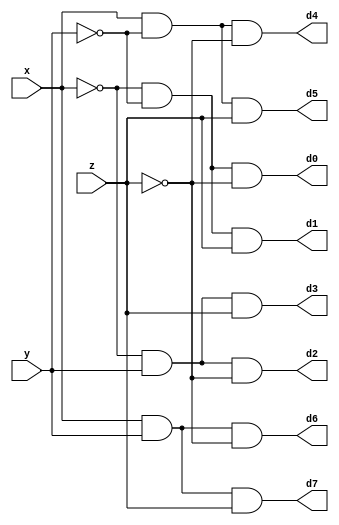
// S(x, y, z) = (1,2,4,7) 
// C(x, y, z) = (3,5,6,7)         

module DECODER(d0,d1,d2,d3,d4,d5,d6,d7,x,y,z); 
    input x,y,z; 
    output d0,d1,d2,d3,d4,d5,d6,d7; 
    wire x0,y0,z0; 
    not n1(x0,x); 
    not n2(y0,y); 
    not n3(z0,z); 
    and a0(d0,x0,y0,z0); 
    and a1(d1,x0,y0,z); 
    and a2(d2,x0,y,z0); 
    and a3(d3,x0,y,z); 
    and a4(d4,x,y0,z0); 
    and a5(d5,x,y0,z); 
    and a6(d6,x,y,z0); 
    and a7(d7,x,y,z);  
endmodule  

module FADDER(s,c,x,y,z); 
    input x,y,z; 
    wire d0,d1,d2,d3,d4,d5,d6,d7; 
    output s,c; 
    DECODER dec(d0,d1,d2,d3,d4,d5,d6,d7,x,y,z); 
    assign s = d1 | d2 | d4 | d7, 
            c = d3 | d5 | d6 | d7;  
endmodule  

module testbench;     
    reg x,y,z;     
    wire s,c;     
    FADDER fl(s,c,x,y,z);     
    initial        
        $monitor(,$time,"x=%b,y=%b,z=%b,s=%b,c=%b",x,y,z,s,c);     
    initial        
        begin        
            #0 x=1'b0;y=1'b0;z=1'b0;
            #4 x=1'b1;y=1'b0;z=1'b0;       
            #4 x=1'b0;y=1'b1;z=1'b0;
            #4 x=1'b1;y=1'b1;z=1'b0;
            #4 x=1'b0;y=1'b0;z=1'b1;
            #4 x=1'b1;y=1'b0;z=1'b1;
            #4 x=1'b0;y=1'b1;z=1'b1;
            #4 x=1'b1;y=1'b1;z=1'b1;
        end
endmodule